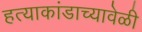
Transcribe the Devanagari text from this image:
हत्याकांडाच्यावेळी